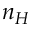
n _ { H }